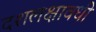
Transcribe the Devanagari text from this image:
दशलक्षावधी